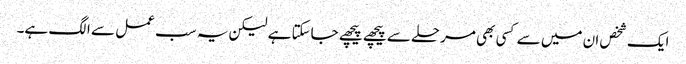
ایک شخص ان میں سے کسی بھی مرحلے سے پیچھے پیچھے جاسکتا ہے لیکن یہ سب عمل سے الگ ہے۔